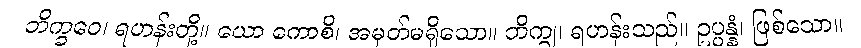
ဘိက္ခဝေ၊ ရဟန်းတို့။ ယော ကောစိ၊ အမှတ်မရှိသော။ ဘိက္ခု၊ ရဟန်းသည်။ ဥပ္ပန္နံ၊ ဖြစ်သော။